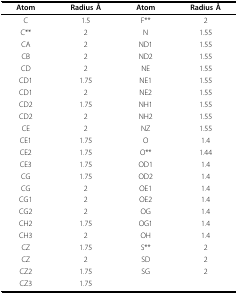
<table><thead><tr><td><b>Atom</b></td><td><b>Radius Å</b></td><td><b>Atom</b></td><td><b>Radius Å</b></td></tr></thead><tbody><tr><td>C</td><td>1.5</td><td>F**</td><td>2</td></tr><tr><td>C**</td><td>2</td><td>N</td><td>1.55</td></tr><tr><td>CA</td><td>2</td><td>ND1</td><td>1.55</td></tr><tr><td>CB</td><td>2</td><td>ND2</td><td>1.55</td></tr><tr><td>CD</td><td>2</td><td>NE</td><td>1.55</td></tr><tr><td>CD1</td><td>1.75</td><td>NE1</td><td>1.55</td></tr><tr><td>CD1</td><td>2</td><td>NE2</td><td>1.55</td></tr><tr><td>CD2</td><td>1.75</td><td>NH1</td><td>1.55</td></tr><tr><td>CD2</td><td>2</td><td>NH2</td><td>1.55</td></tr><tr><td>CE</td><td>2</td><td>NZ</td><td>1.55</td></tr><tr><td>CE1</td><td>1.75</td><td>O</td><td>1.4</td></tr><tr><td>CE2</td><td>1.75</td><td>O**</td><td>1.44</td></tr><tr><td>CE3</td><td>1.75</td><td>OD1</td><td>1.4</td></tr><tr><td>CG</td><td>1.75</td><td>OD2</td><td>1.4</td></tr><tr><td>CG</td><td>2</td><td>OE1</td><td>1.4</td></tr><tr><td>CG1</td><td>2</td><td>OE2</td><td>1.4</td></tr><tr><td>CG2</td><td>2</td><td>OG</td><td>1.4</td></tr><tr><td>CH2</td><td>1.75</td><td>OG1</td><td>1.4</td></tr><tr><td>CH3</td><td>2</td><td>OH</td><td>1.4</td></tr><tr><td>CZ</td><td>1.75</td><td>S**</td><td>2</td></tr><tr><td>CZ</td><td>2</td><td>SD</td><td>2</td></tr><tr><td>CZ2</td><td>1.75</td><td>SG</td><td>2</td></tr><tr><td>CZ3</td><td>1.75</td><td></td><td></td></tr></tbody></table>